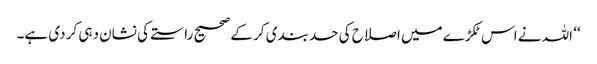
‘‘ اللہ نے اس ٹکڑے میں اصلاح کی حد بندی کر کے صحیح راستے کی نشان دہی کر دی ہے۔